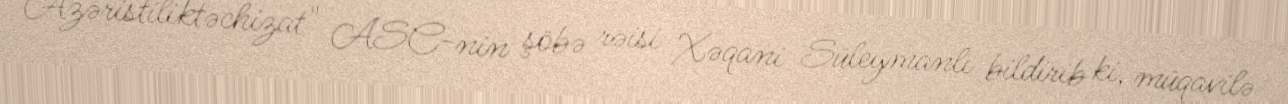
Azəristiliktəchizat" ASC-nin şöbə rəisi Xəqani Süleymanlı bildirib ki, müqavilə